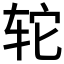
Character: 𫟤